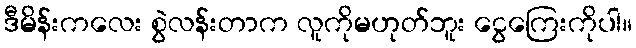
ဒီမိန်းကလေး စွဲလန်းတာက လူကိုမဟုတ်ဘူး ငွေကြေးကိုပါ။